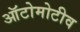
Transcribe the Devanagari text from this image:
ऑटोमोटीव